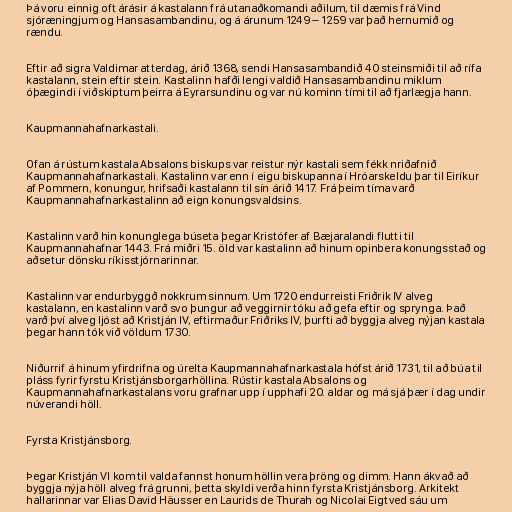
Þá voru einnig oft árásir á kastalann frá utanaðkomandi aðilum, til dæmis frá Vind
sjóræningjum og Hansasambandinu, og á árunum 1249 – 1259 var það hernumið og
rændu.

Eftir að sigra Valdimar atterdag, árið 1368, sendi Hansasambandið 40 steinsmiði til að rífa
kastalann, stein eftir stein. Kastalinn hafði lengi valdið Hansasambandinu miklum
óþægindi í viðskiptum þeirra á Eyrarsundinu og var nú kominn tími til að fjarlægja hann.

Kaupmannahafnarkastali.

Ofan á rústum kastala Absalons biskups var reistur nýr kastali sem fékk nriðafnið
Kaupmannahafnarkastali. Kastalinn var enn í eigu biskupanna í Hróarskeldu þar til Eiríkur
af Pommern, konungur, hrifsaði kastalann til sín árið 1417. Frá þeim tíma varð
Kaupmannahafnarkastalinn að eign konungsvaldsins.

Kastalinn varð hin konunglega búseta þegar Kristófer af Bæjaralandi flutti til
Kaupmannahafnar 1443. Frá miðri 15. öld var kastalinn að hinum opinbera konungsstað og
aðsetur dönsku ríkisstjórnarinnar.

Kastalinn var endurbyggð nokkrum sinnum. Um 1720 endurreisti Friðrik IV alveg
kastalann, en kastalinn varð svo þungur að veggirnir tóku að gefa eftir og sprynga. Það
varð því alveg ljóst að Kristján IV, eftirmaður Friðriks IV, þurfti að byggja alveg nýjan kastala
þegar hann tók við völdum 1730.

Niðurrif á hinum yfirdrifna og úrelta Kaupmannahafnarkastala hófst árið 1731, til að búa til
pláss fyrir fyrstu Kristjánsborgarhöllina. Rústir kastala Absalons og
Kaupmannahafnarkastalans voru grafnar upp í upphafi 20. aldar og má sjá þær í dag undir
núverandi höll.

Fyrsta Kristjánsborg.

Þegar Kristján VI kom til valda fannst honum höllin vera þröng og dimm. Hann ákvað að
byggja nýja höll alveg frá grunni, þetta skyldi verða hinn fyrsta Kristjánsborg. Arkitekt
hallarinnar var Elias David Häusser en Laurids de Thurah og Nicolai Eigtved sáu um